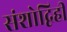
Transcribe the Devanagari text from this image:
संशोद्विहीं